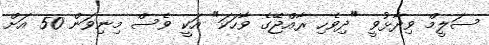
ސަލީމް ވިދާޅުވީ "ދިވެހި ރާއްޖޭގެ ވާހަކަ" އަކީ ވެސް މިނިވަން 50 އަށް